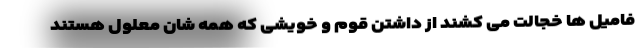
فامیل ها خجالت می کشند از داشتن قوم و خویشی که همه شان معلول هستند